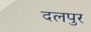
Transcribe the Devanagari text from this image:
दलपुर